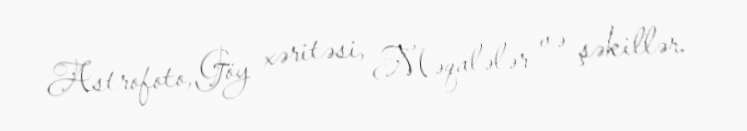
Astrofoto, Göy xəritəsi, Məqalələr və şəkillər.